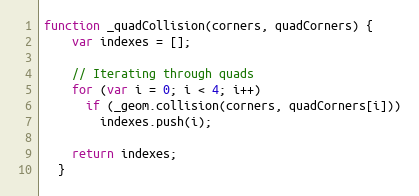
Language: JavaScript
function _quadCollision(corners, quadCorners) {
    var indexes = [];

    // Iterating through quads
    for (var i = 0; i < 4; i++)
      if (_geom.collision(corners, quadCorners[i]))
        indexes.push(i);

    return indexes;
  }